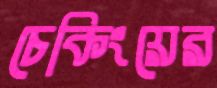
চেকিংয়ের